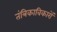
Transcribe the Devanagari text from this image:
तंत्रिकाविकारों